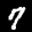
Label: 7